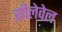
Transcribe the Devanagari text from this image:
सीलेवेल